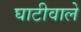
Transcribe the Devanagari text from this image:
घाटीवाले